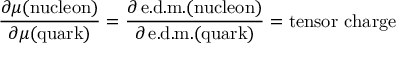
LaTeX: { \frac { \partial \mu ( \mathrm { n u c l e o n } ) } { \partial \mu ( \mathrm { q u a r k } ) } } = { \frac { \partial \, \mathrm { e . d . m . ( n u c l e o n } ) } { \partial \, \mathrm { e . d . m . ( q u a r k } ) } } = \mathrm { t e n s o r ~ c h a r g e }